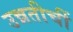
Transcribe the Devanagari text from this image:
उन्नतीचीं